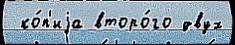
 ко́п'иjа второ́го двух